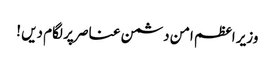
وزیر اعظم امن دشمن عناصر پر لگام دیں !